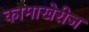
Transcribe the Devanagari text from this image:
कामाखेरीज